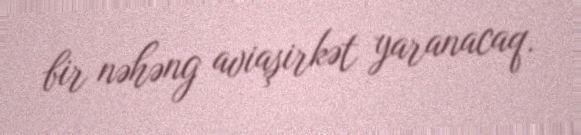
bir nəhəng aviaşirkət yaranacaq.